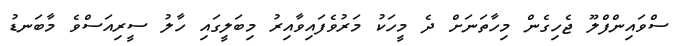
ސްވައިންފްލޫ ޖެހިގެން މިހާތަަނަށް ދެ މީހަކު މަރުވެފައިވާއިރު މިބަލީގައި ހާލު ސީރިއަސްވެ މާބަނޑު